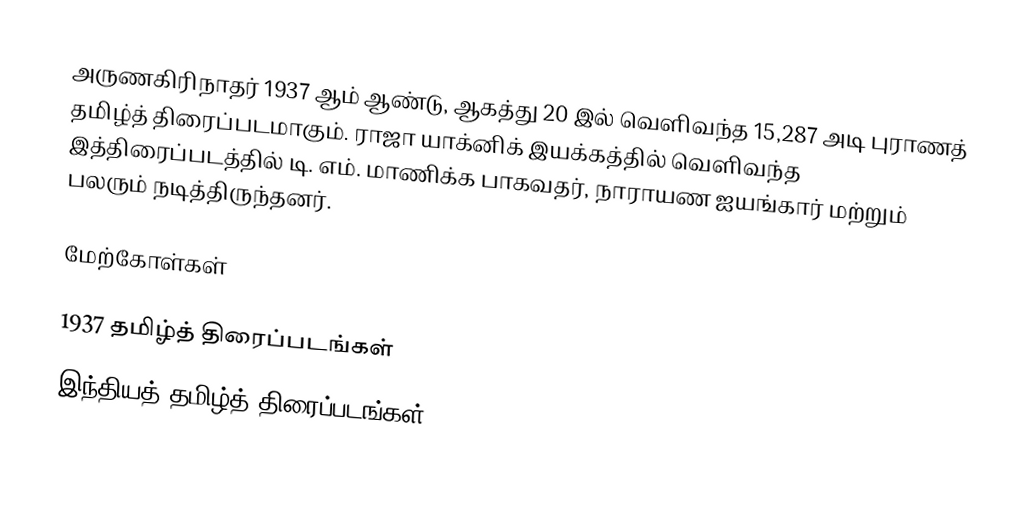
அருணகிரிநாதர் 1937 ஆம் ஆண்டு, ஆகத்து 20 இல் வெளிவந்த 15,287 அடி புராணத் தமிழ்த் திரைப்படமாகும். ராஜா யாக்னிக் இயக்கத்தில் வெளிவந்த இத்திரைப்படத்தில் டி. எம். மாணிக்க பாகவதர், நாராயண ஐயங்கார் மற்றும் பலரும் நடித்திருந்தனர்.

மேற்கோள்கள்

1937 தமிழ்த் திரைப்படங்கள்
இந்தியத் தமிழ்த் திரைப்படங்கள்